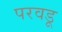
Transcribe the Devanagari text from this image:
परवडू